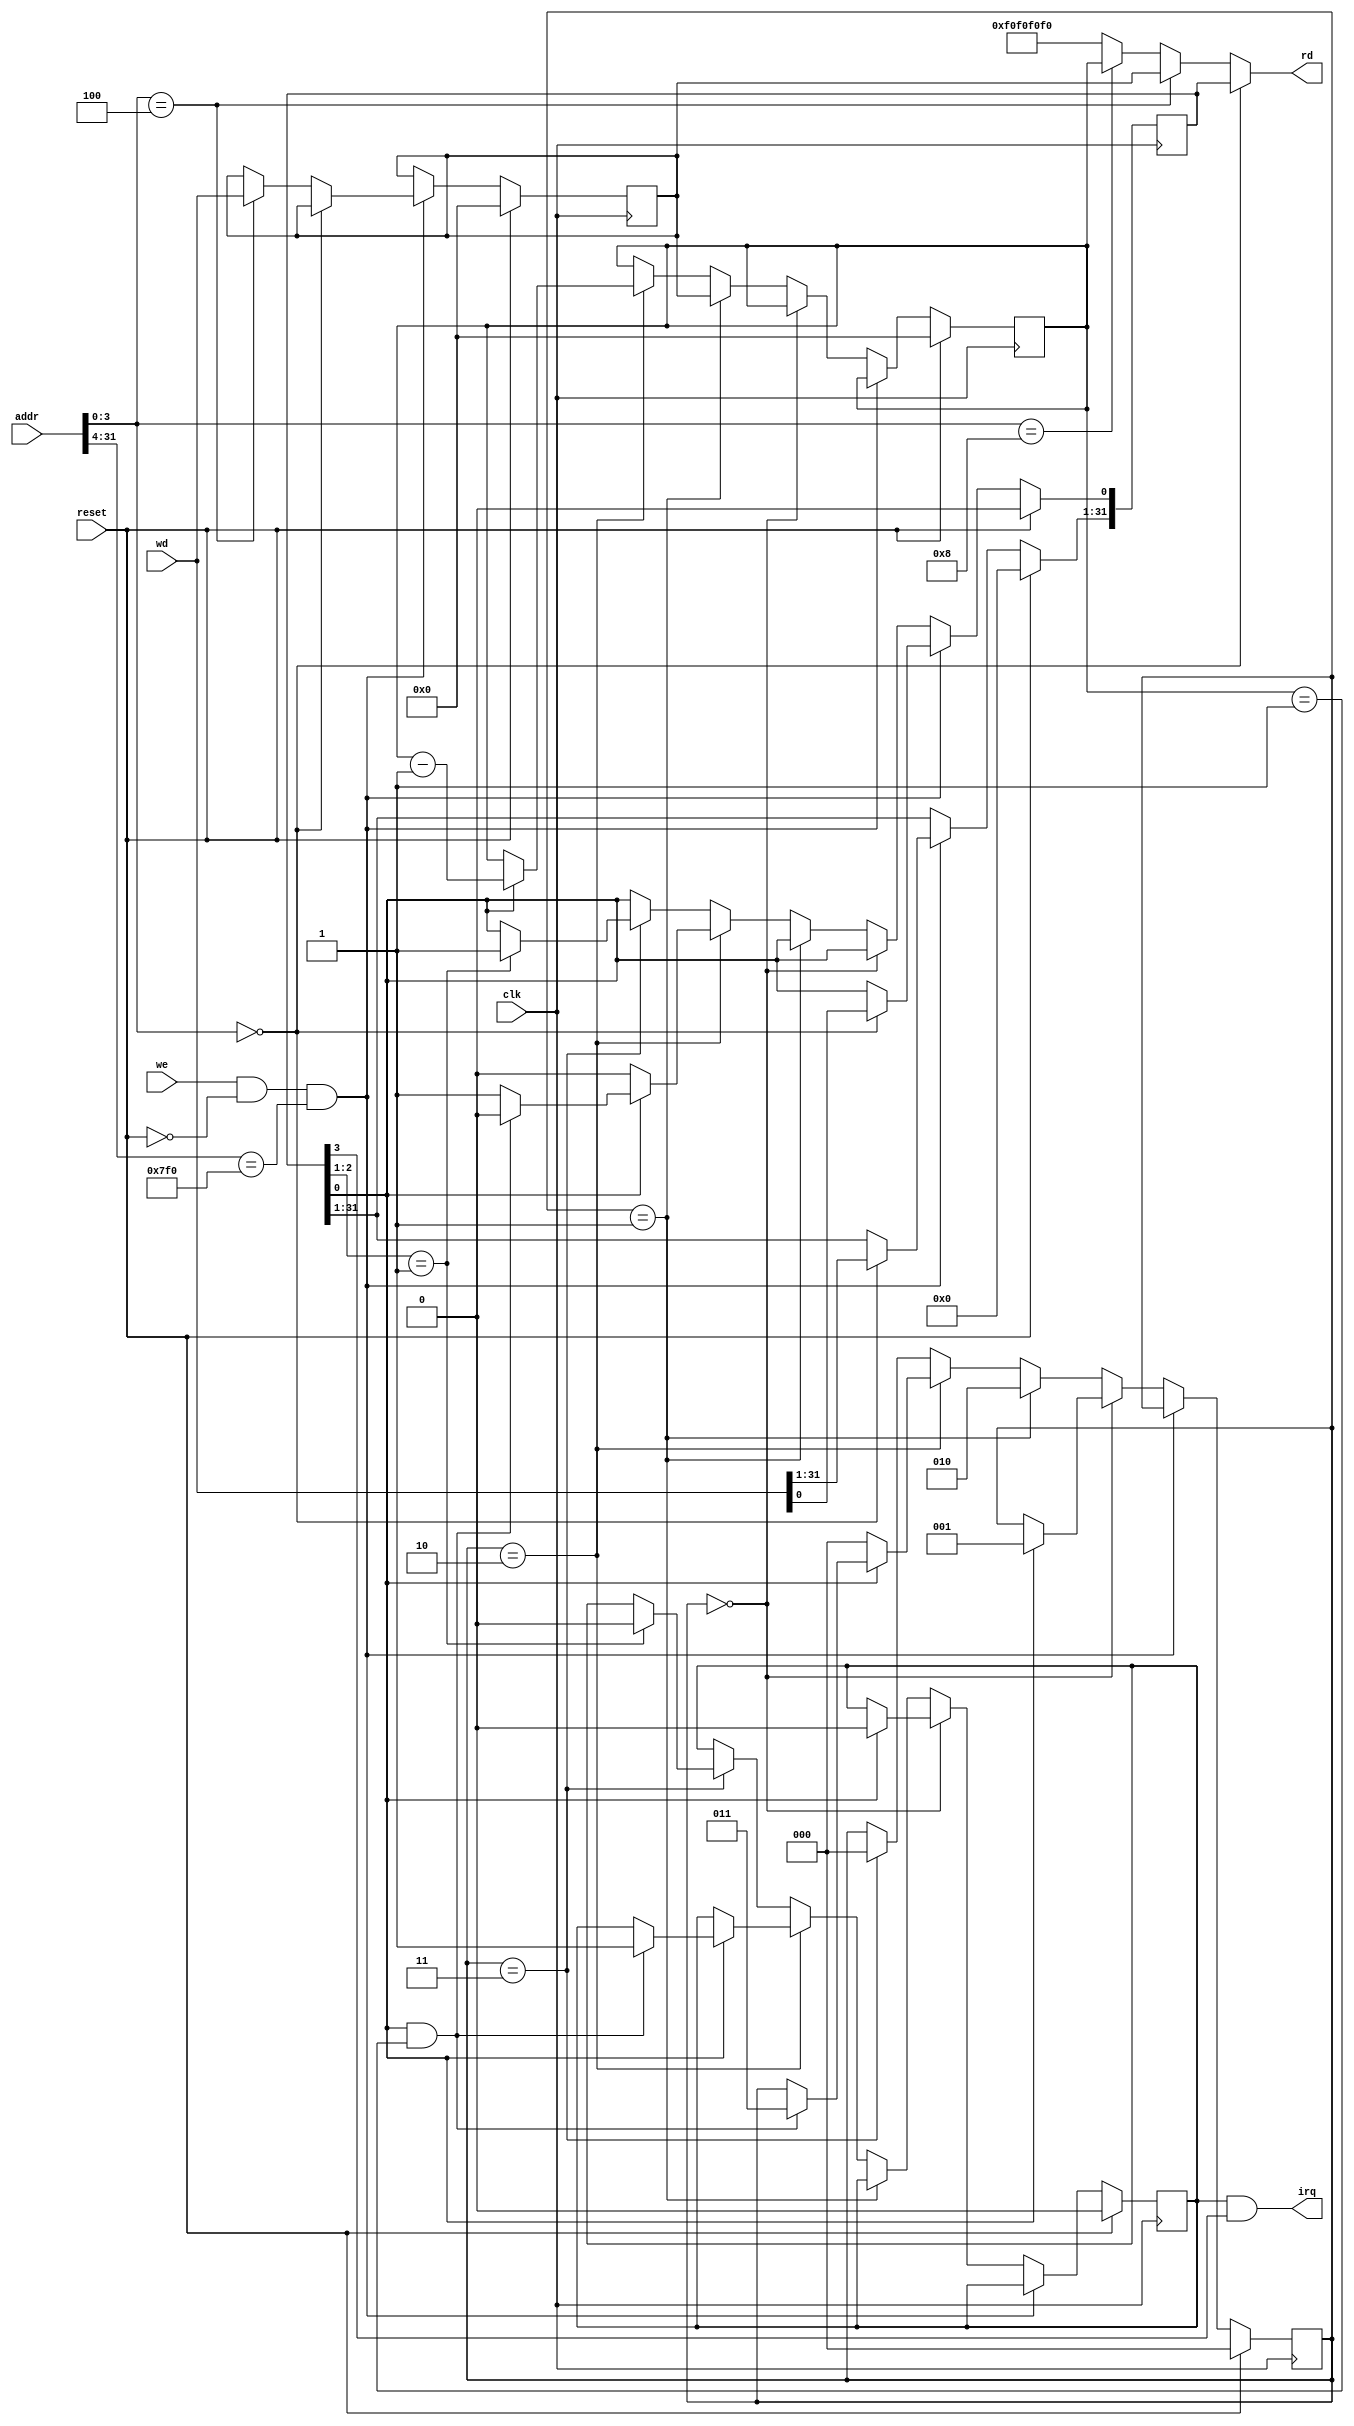
`timescale 1ns / 1ps
`define idle 0
`define load 1
`define cnting 2
`define intrpt 3
module timer(clk,reset,addr,we,wd,rd,irq);
input clk,reset,we;
input [31:0] addr,wd;
output [31:0]rd;
output irq;

parameter address=32'h00007f00;
reg [31:0] ctrl,preset,count;
reg [2:0] state;
wire [3:0]add;
reg ir;
assign add=addr[3:0]; 
assign irq=ir&ctrl[3];

assign rd=(add==0)?ctrl:
			 (add==4)?preset:
			 (add==8)?count:
			 32'hf0f0f0f0;

initial begin
	ctrl<=0; preset<=0; count<=0;
	state<=`idle; ir<=0;
end
always @(posedge clk)
	begin
		if(reset)
			begin
				ctrl<=0; preset<=0; count<=0;
				state<=`idle; ir<=0;
			end
		else if(we==1&&reset==0&&addr[31:4]==address[31:4])
			begin
				if(add==0)
					ctrl<=wd;
				else if(add==4)
					preset<=wd;
			end
		
		else if(state==`idle)
			begin
				if(ctrl[0]==1)
					begin
						ir<=0;
						state<=`load;
					end
			end
		
		else if(state==`load)
			begin
				count<=preset;
				state<=`cnting;
			end
			
		else if(state==`cnting)
			begin
				if(ctrl[0]==0)
					state<=`idle;
				else if(ctrl[0]==1 &&count==1)
					begin
						count<=count-1;
						state<=`intrpt;
						if(~(we==1&&reset==0&&addr[31:4]==address[31:4]))
							ctrl[0]<=0;
						ir<=1;
					end	
				else 
					begin
						count<=count-1;
					end
			end
			
		else if(state==`intrpt)
			begin
				if(ctrl[2:1]==1)
					begin
						ir<=0;
						state<=`idle;
						//if(~(we==1&&reset==0&&addr[31:4]==address[31:4]))
							ctrl[0]<=1;
					end
				else
					begin
						state<=`idle;
						
					end
			end
	end
	



endmodule